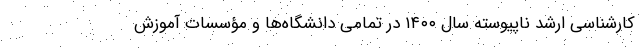
کارشناسی ارشد ناپیوسته سال ۱۴۰۰ در تمامی دانشگاه‌ها و مؤسسات آموزش